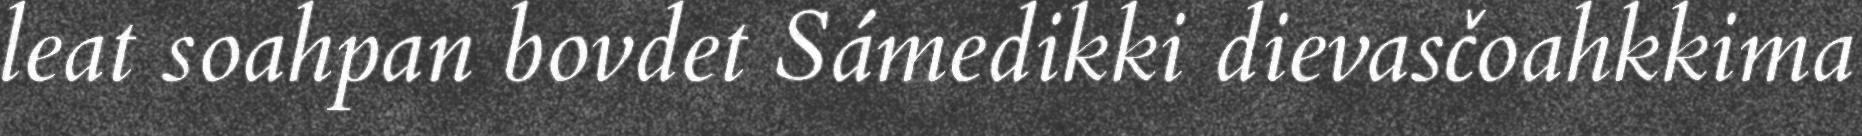
leat soahpan bovdet Sámedikki dievasčoahkkima